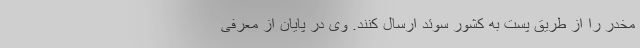
مخدر را از طریق پست به کشور سوئد ارسال کنند. وی در پایان از معرفی